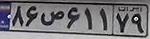
۸۶ص۶۱۱۷۹